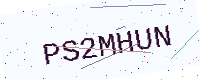
Text: PS2MHUN